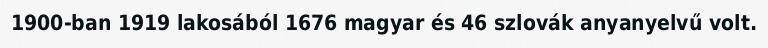
1900-ban 1919 lakosából 1676 magyar és 46 szlovák anyanyelvű volt.